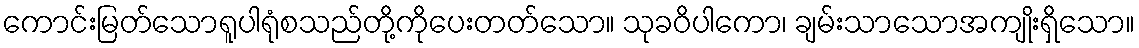
ကောင်းမြတ်သောရူပါရုံစသည်တို့ကိုပေးတတ်သော။ သုခဝိပါကော၊ ချမ်းသာသောအကျိုးရှိသော။